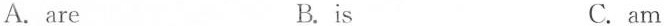
A. are B.is C. am